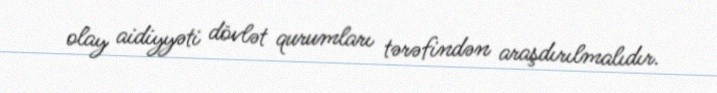
olay aidiyyəti dövlət qurumları tərəfindən araşdırılmalıdır.